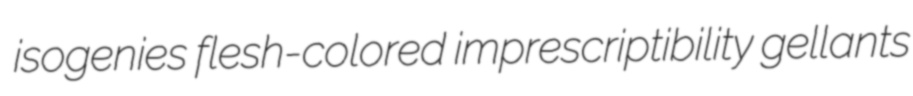
isogenies flesh-colored imprescriptibility gellants